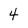
Character: 4